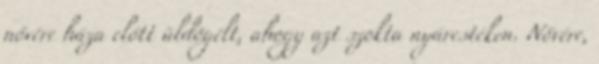
nővére háza előtt üldögélt, ahogy azt szokta nyárestéken. Nővére,